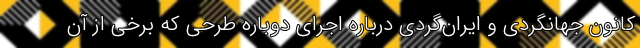
کانون جهانگردی و ایران‌گردی درباره اجرای دوباره طرحی که برخی از آن